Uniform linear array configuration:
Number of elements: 48
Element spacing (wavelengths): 1
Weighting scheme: cosine
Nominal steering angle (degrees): -30
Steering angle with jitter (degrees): -30.597
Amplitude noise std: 0.05
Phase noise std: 0.05

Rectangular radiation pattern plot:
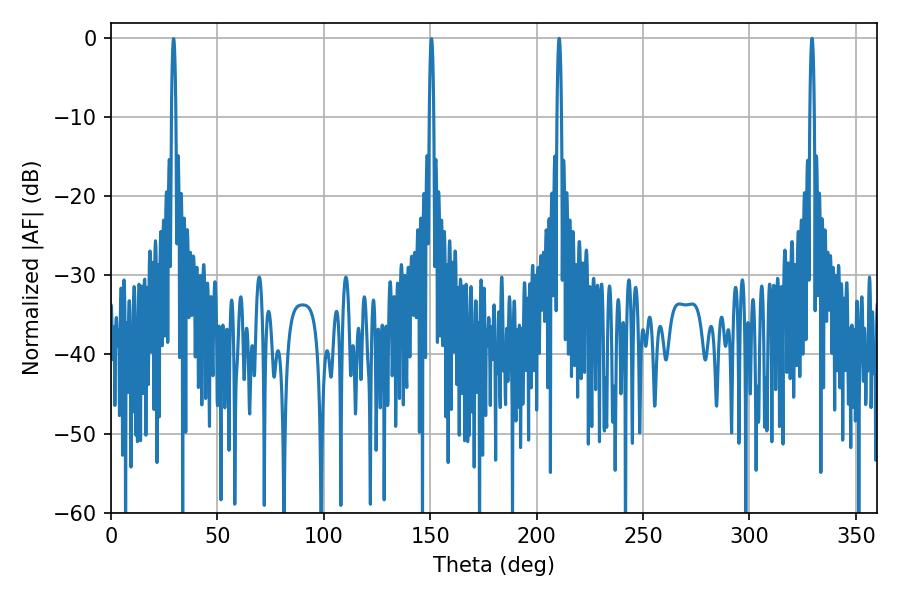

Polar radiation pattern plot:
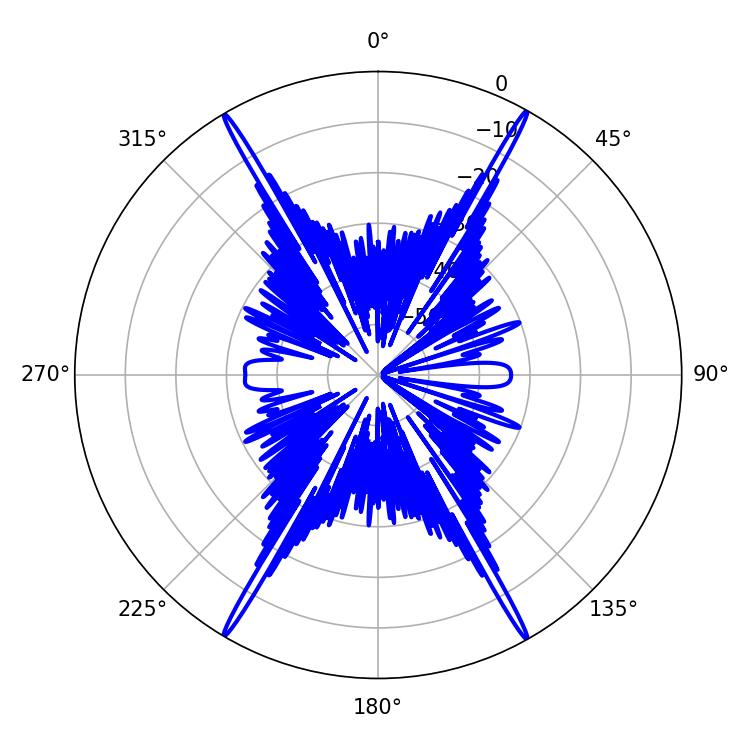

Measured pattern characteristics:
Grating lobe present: TRUE
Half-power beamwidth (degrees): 1.08
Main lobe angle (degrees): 210.6